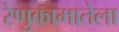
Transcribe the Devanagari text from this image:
रेणुकामातेला